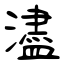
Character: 濜